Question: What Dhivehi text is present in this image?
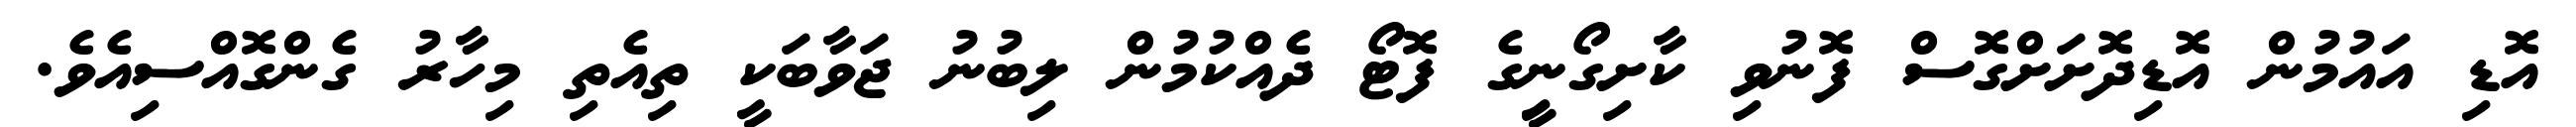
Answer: އޮޑި އައުމުން އޮޑިދޮށަށްގޮސް ފޮނުވި ކާށިގޯނިީގެ ފޮޓޯ ދެއްކުމުން ލިބުނު ޖަވާބަކީ ތިއެތި މިހާރު ގެންގޮއްސިއެވެ.